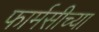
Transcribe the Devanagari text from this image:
फार्मसीच्या